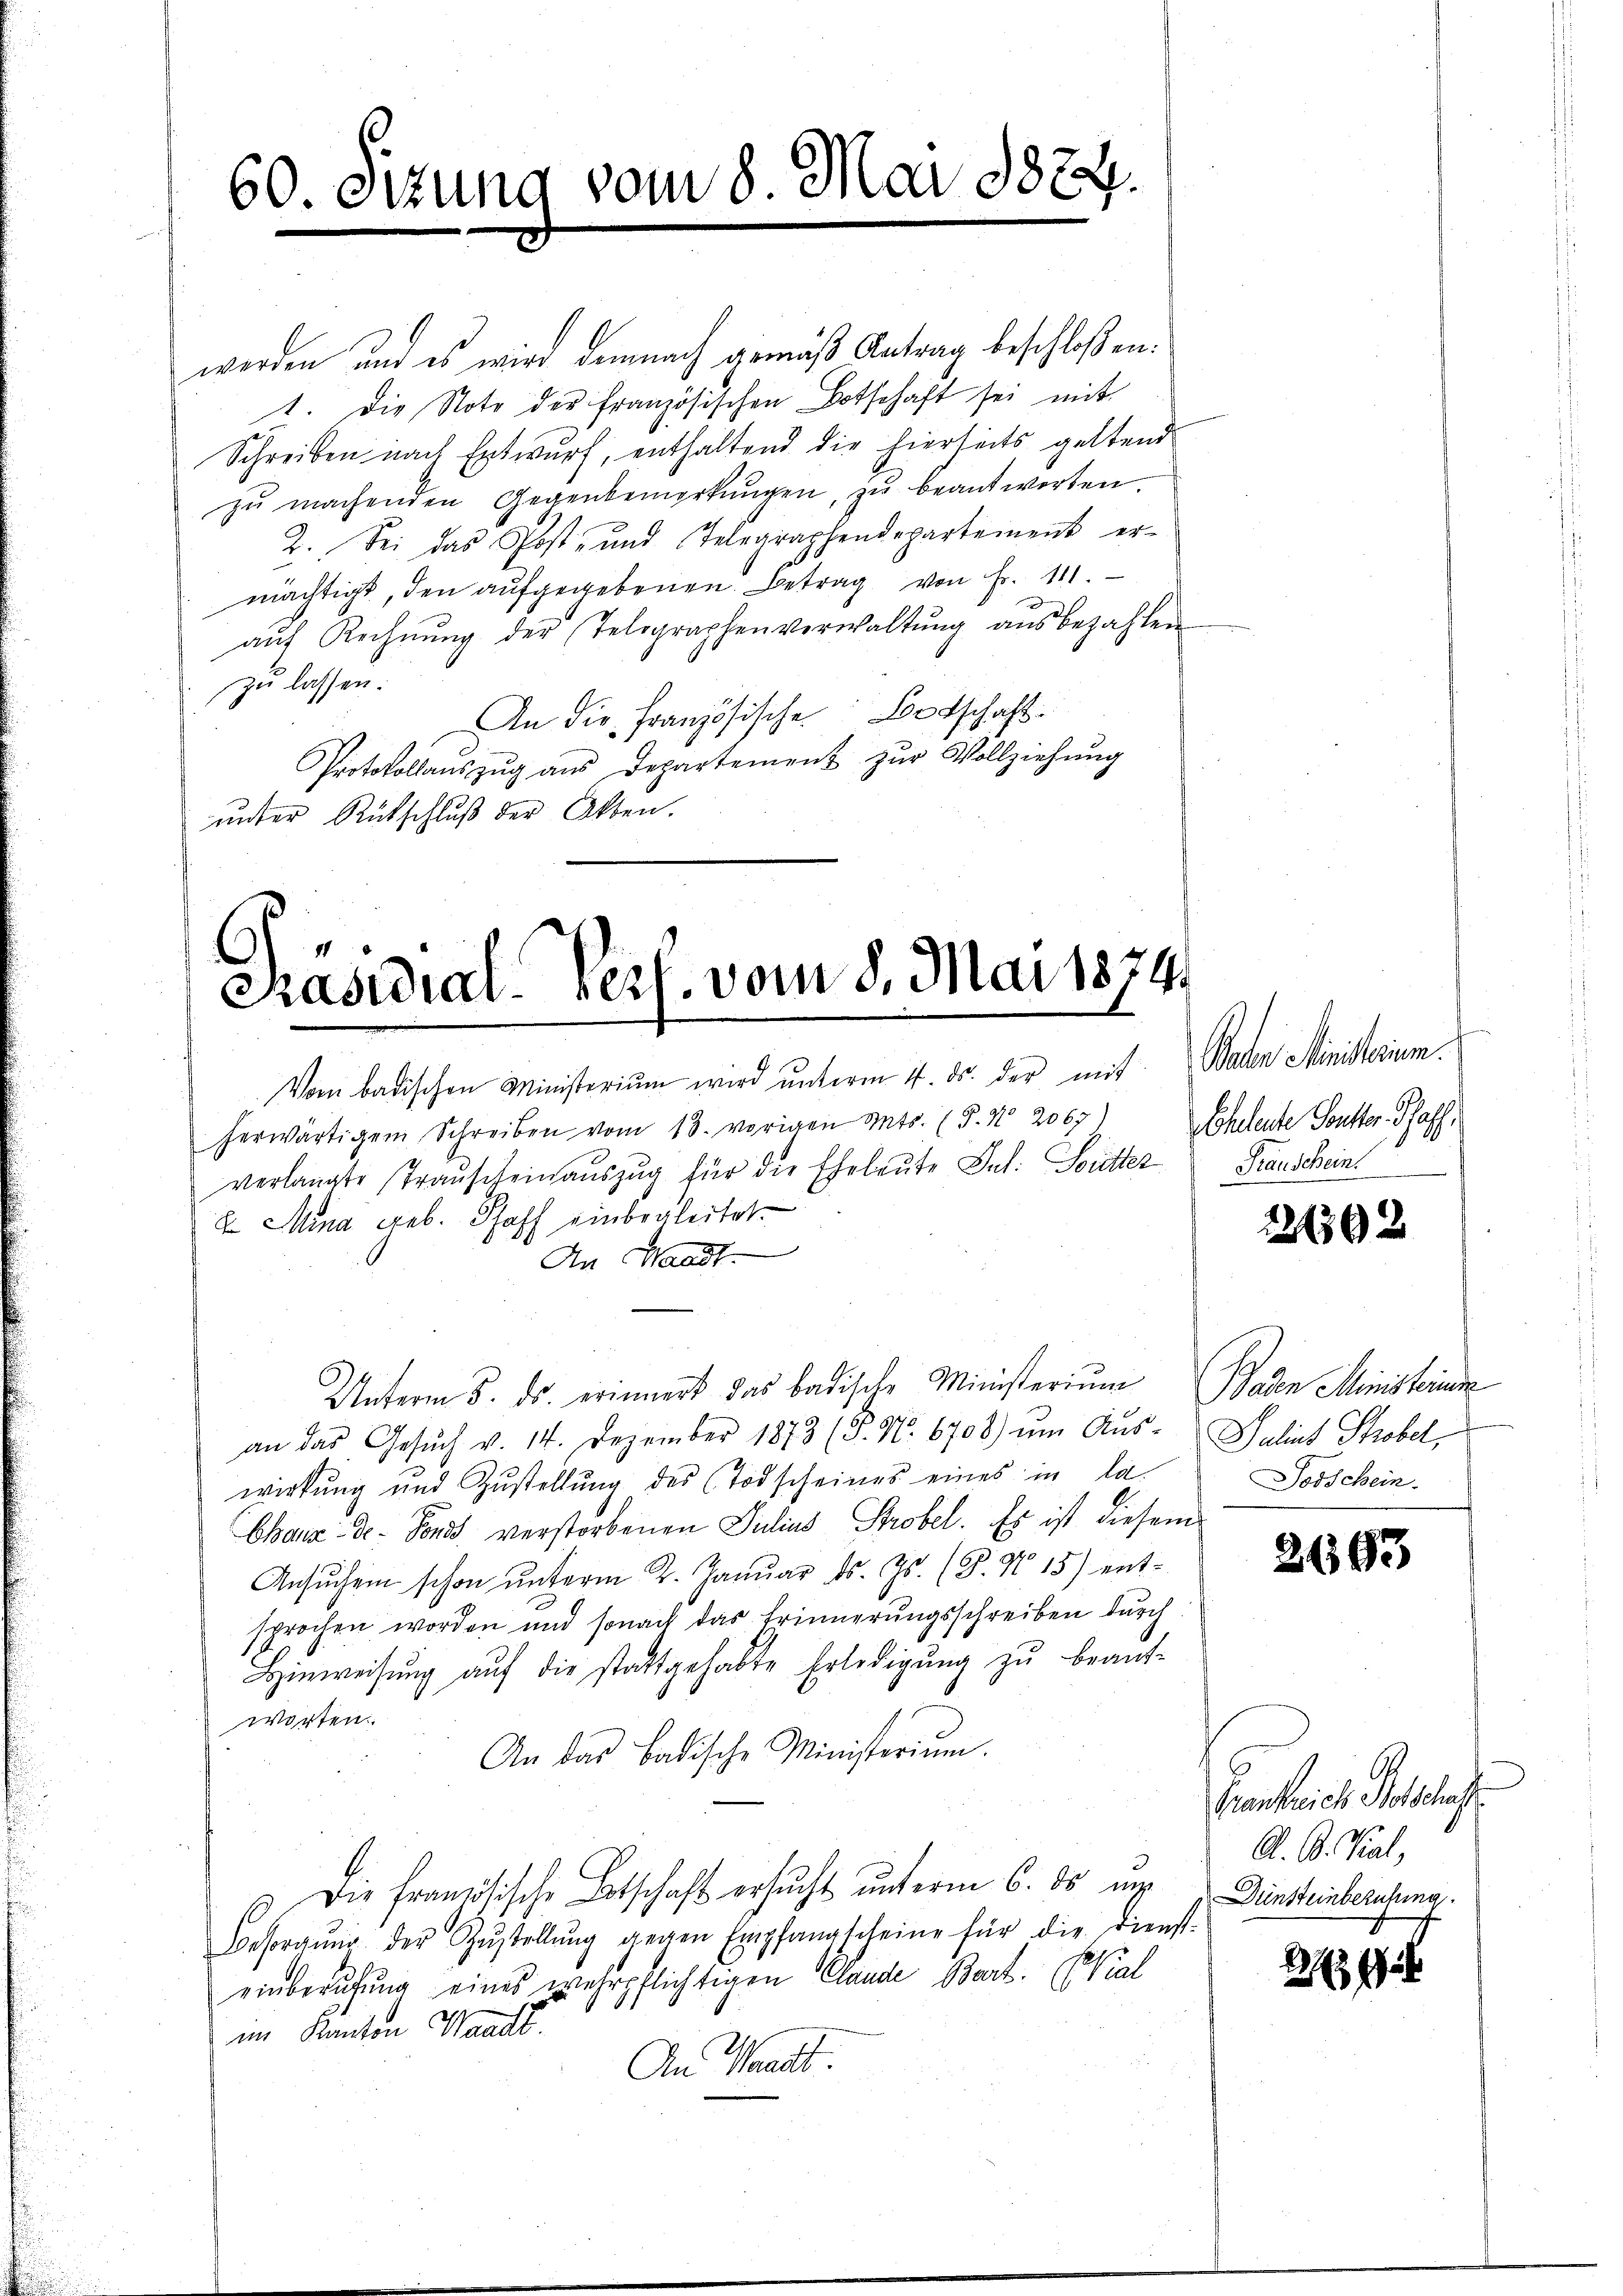
60. Sizung vom 8. Mai 1874.

werden, und es wird demnach gemäß Antrag beschloßen:
1. Die Note der Französischen Botschaft sei mit
Schreiben nach Entwurf, enthaltend die hierseits geltend
zŭ machenden Gegenbemerkŭngen, zu beantworten.
2. Sei das Post- und Telegraphendepartement er-
mächtigt, den aufgegebenen Betrag von Fr. 111.
aŭf Rechnŭng der Telegraphenverwaltŭng aŭsbezahlen
zu lassen.
An die Französische Botschaft
Protokollaŭszŭg aŭs Departement zŭr Vollziehŭng
unter Rütschluß der Akten.

6
Präsidiaterl. vom 8. Mai 1874.

Vom badischen Ministerium wird unterm 4. ds. der mit
herwärtigem Schreiben vom 18. vorigen ents. (§. No 2067) Eheleute Soutter-Pfaff,
verlangte Trauscheinauszug für die Eheleute Jul. Soutter Transchein
2 Mina geb. Hoff einbegleitet.
An Waadt.
Unterm 5. ds. erinnert das badische Ministerium Baden Ministerinn
an das Gesŭch v. 14. Dezember 1873 (P. Nr. 6708) um Aŭs- Salint Strobel,
wirkung und Zustellung des (Todscheines eines in la
Chaux-de-Fonds verstorbenen Julius Probel. Es ist diesem
Ansŭchen schon ŭnterm 2. Janŭar d. Js. (T. N. 15) ent-
sprochen worden und sonach das Erinnerungsschreiben durch
Hinweisŭng aŭf die stattgehabte Erledigŭng zŭ beaŭf-
worten.
An das Badische Ministerium.
Die französische Botschaft ersucht unterm 6. ds in
Besorgŭng der Zŭstellŭng gegen Empfangscheine für die Dienst-
einberufung eines wehrpflichtigen Clande Bart. (Vial
im Kanton Waadt.
An Waadt

Baden Ministerum.

226302

Todschein.

2693

Genkreich Polschaft
A. B. Kral,
Dünsteinberufung

2